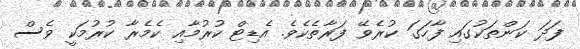
ފަދަ ކަންތަކުގައި ފާހަގަ ކުރެވޭ ފަރާތެކެވެ. އެޑިޓް ކުރުމާއި ކެމެރާ ކުރުމަކީ ވެސް